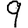
Digit: 9